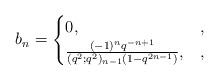
LaTeX: \begin{align*} b_n = \begin{cases}0, &,\\\frac{(-1)^nq^{-n+1}}{(q^2;q^2)_{n-1}(1-q^{2n-1})}, &,\end{cases}\end{align*}